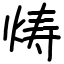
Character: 𬊍